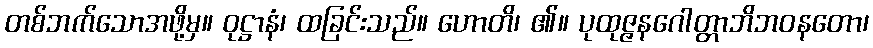
တစ်ဘက်သောအဖို့မှ။ ဝုဋ္ဌာနံ၊ ထခြင်းသည်။ ဟောတိ၊ ၏။ ပုထုဇ္ဇနဂေါတ္တာဘိဘဝနတော၊